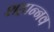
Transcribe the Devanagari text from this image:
शहान्‍नव